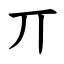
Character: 丌